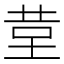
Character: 𮎹